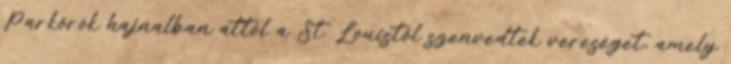
Parkőrök hajnalban attól a St. Louistől szenvedtek vereséget, amely